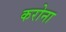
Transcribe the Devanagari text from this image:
करोना